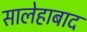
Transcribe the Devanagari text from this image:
सालेहाबाद